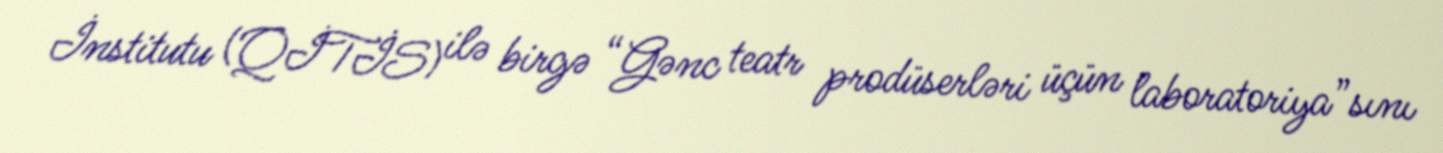
İnstitutu (QİTİS) ilə birgə “Gənc teatr prodüserləri üçün laboratoriya”sını